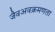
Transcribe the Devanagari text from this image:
जैवअवक्रमणता